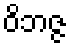
ဝိဘဇ္ဇ